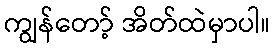
ကျွန်တော့် အိတ်ထဲမှာပါ။